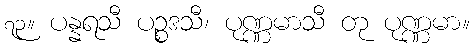
၇၃။ ပန္နရသီ ပဉ္စဒသီ၊ ပုဏ္ဏမာသီ တု ပုဏ္ဏမာ။